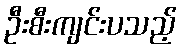
ဦးစီးကျင်းပသည့်